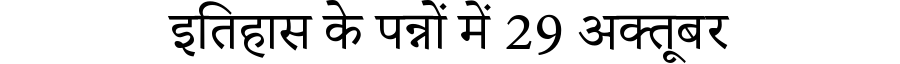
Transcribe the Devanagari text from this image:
इतिहास के पन्नों में 29 अक्तूबर